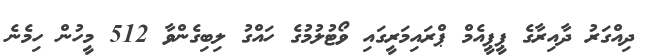
ދިއްގަރު ދާއިރާގެ ޕީޕީއެމް ޕްރައިމަރީގައި ވޯޓުލުމުގެ ހައްގު ލިބިގެންވާ 512 މީހުން ހިމެނެ